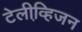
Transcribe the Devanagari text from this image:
टेलीव्हि़जन